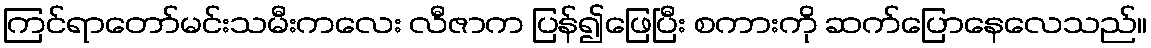
ကြင်ရာတော်မင်းသမီးကလေး လီဇာက ပြန်၍ဖြေပြီး စကားကို ဆက်ပြောနေလေသည်။